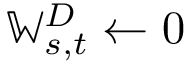
\mathbb { W } _ { s , t } ^ { D } \gets 0